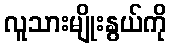
လူသားမျိုးနွယ်ကို